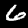
Label: 6